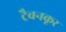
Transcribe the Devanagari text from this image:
ट्रैवनकूर